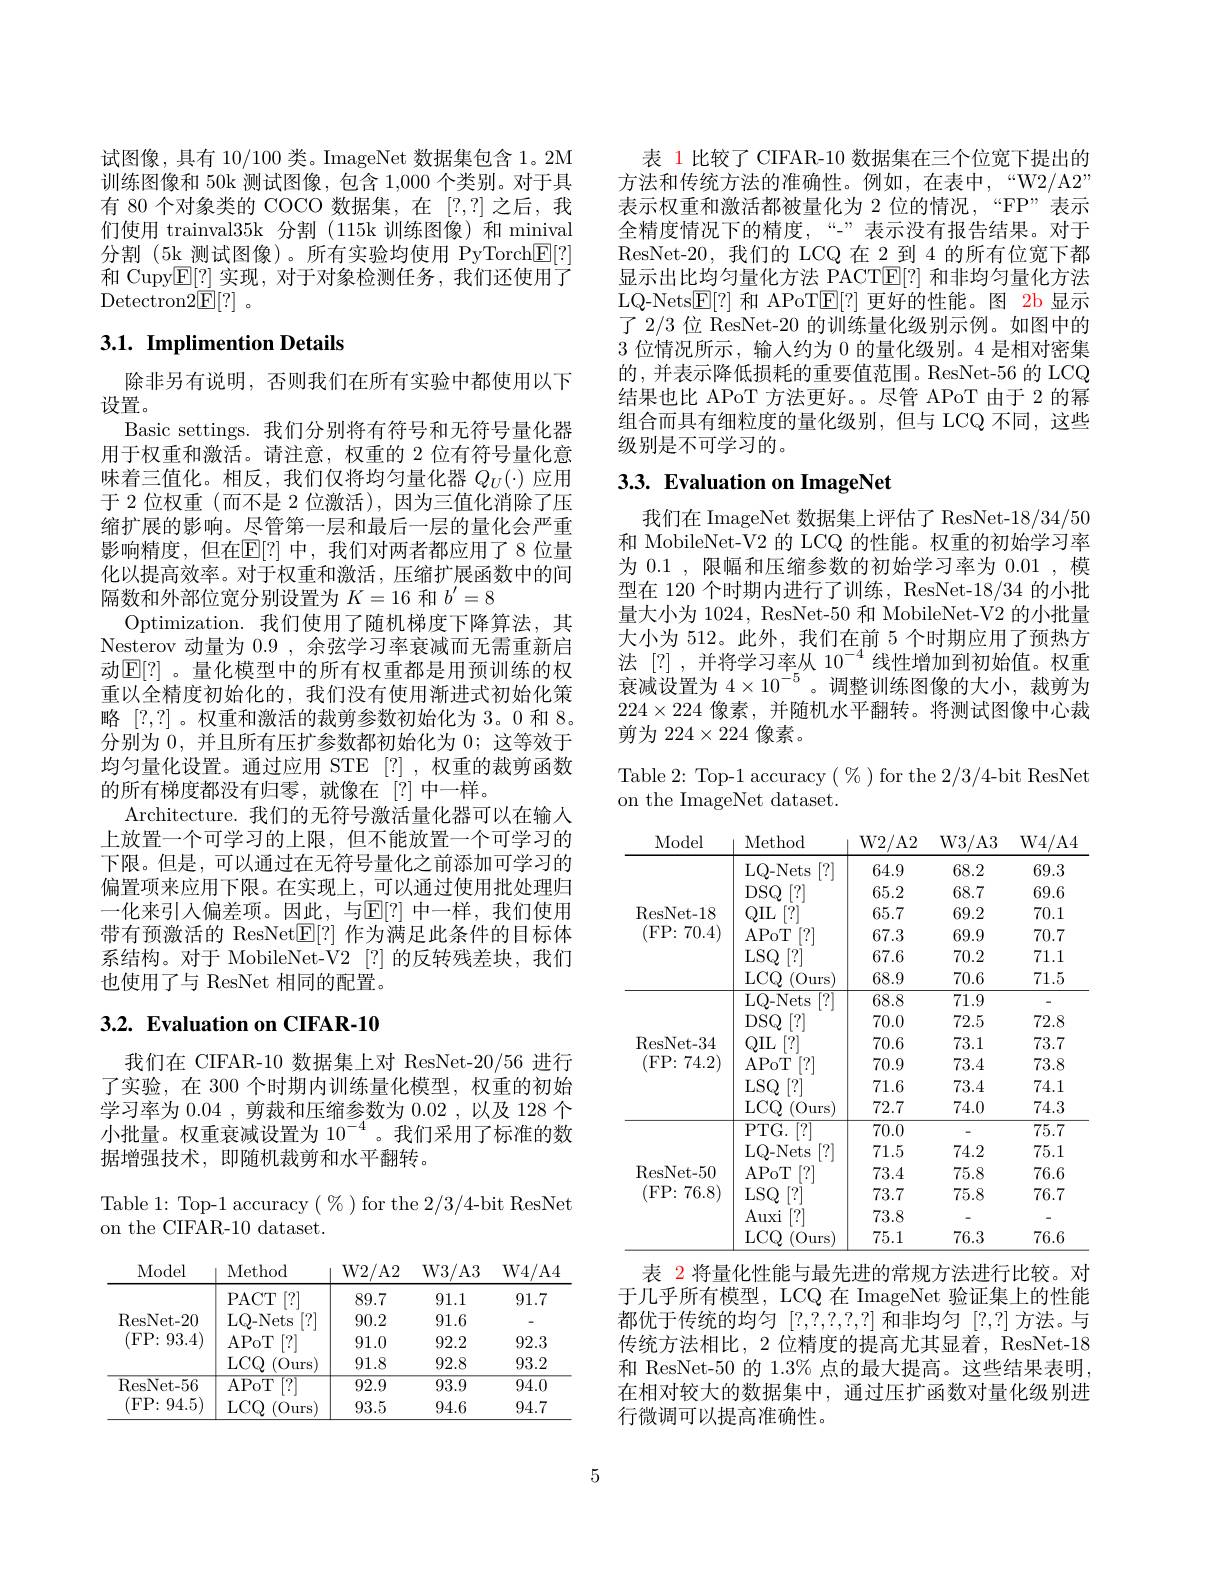
试图像，具有 10/100 类。ImageNet 数据集包含 1。2M 训练图像和 50k 测试图像，包含 1,000 个类别。对于具有 80 个对象类的 COCO 数据集，在 [?,?] 之后，我们使用 trainval35k 分割 (115k 训练图像) 和 minival 分割 (5k 测试图像)。所有实验均使用 PyTorch$\underline{\mathrm{E}}[?]$ 和 Cupy$\underline{\mathbb{E}[?]}$实现，对于对象检测任务，我们还使用了${\mathrm{Detectron2E[?]}}$

# 3.1. Implimention Details

除非另有说明，否则我们在所有实验中都使用以下
设置。
Basic settings. 我们分别将有符号和无符号量化器用于权重和激活。请注意，权重的 2 位有符号量化意味着三值化。相反，我们仅将均匀量化器$Q_U(\cdot)$应用于 2 位权重 (而不是 2 位激活),因为三值化消除了压缩扩展的影响。尽管第一层和最后一层的量化会严重影响精度，但在$\mathbb{E}[?]$ 中，我们对两者都应用了8 位量化以提高效率。对于权重和激活，压缩扩展函数中的间隔数和外部位宽分别设置为$K=16$和$b^\prime=8$
Optimization.我们使用了随机梯度下降算法，其Nesterov 动量为0.9,余弦学习率衰减而无需重新启动$\mathbb{E}[?]$。量化模型中的所有权重都是用预训练的权重以全精度初始化的，我们没有使用渐进式初始化策略[?,?] 。权重和激活的裁剪参数初始化为 3。0 和 8。分别为0，并且所有压扩参数都初始化为0；这等效于均匀量化设置。通过应用 STE [?],权重的裁剪函数的所有梯度都没有归零，就像在[?]中一样。
Architecture. 我们的无符号激活量化器可以在输入上放置一个可学习的上限，但不能放置一个可学习的下限。但是，可以通过在无符号量化之前添加可学习的偏置项来应用下限。在实现上，可以通过使用批处理归一化来引入偏差项。因此，与$\underline{\mathrm{E}}[?]$ 中一样，我们使用带有预激活的 ResNet$\underline{\mathbb{E}}[?]$作为满足此条件的目标体系结构。对于 MobileNet-V2 [?] 的反转残差块，我们也使用了与 ResNet 相同的配置。

# 3.2. Evaluation on CIFAR-10

我们在 CIFAR-10 数据集上对 ResNet-20/56 进行了实验，在 300 个时期内训练量化模型，权重的初始学习率为0.04 , 剪裁和压缩参数为0.02 ,以及 128 个小批量。权重衰减设置为$10^{-4}$。我们采用了标准的数据增强技术，即随机裁剪和水平翻转。

Table 1: Top-1 accuracy $(\%)$ for the 2/3/4-bit ResNet
on the CIFAR-10 dataset.

<table>
	<tbody>
		<tr>
			<th>Model</th>
			<th>Method</th>
			<th>${\mathrm{W2/A2}}$</th>
			<th>W3/ A3</th>
			<th>W4/ A4</th>
		</tr>
		<tr>
			<td rowspan="4">ResNet- 20 (FP:93.4)</td>
			<td>PACT [?]</td>
			<td>89.7</td>
			<td>91.1</td>
			<td>91.7</td>
		</tr>
		<tr>
			<td>LQ- Nets</td>
			<td>90.2</td>
			<td>91.6</td>
			<td> </td>
		</tr>
		<tr>
			<td>APoT [?]</td>
			<td>91.0</td>
			<td>92.2</td>
			<td>92.3</td>
		</tr>
		<tr>
			<td>$LCQ$ (0urs</td>
			<td>91.8</td>
			<td>92.8</td>
			<td>93.2</td>
		</tr>
		<tr>
			<td rowspan="2">ResNet- 56 (FP:94.5)</td>
			<td>APoT</td>
			<td>92.9</td>
			<td>93.9</td>
			<td>94.0</td>
		</tr>
		<tr>
			<td>$LCQ$ (0urs</td>
			<td>93.5</td>
			<td>94.6</td>
			<td>94.7</td>
		</tr>
	</tbody>
</table>

表 1 比较了 CIFAR-10 数据集在三个位宽下提出的方法和传统方法的准确性。例如，在表中，“W2/A2” 表示权重和激活都被量化为 2 位的情况，“FP”表示全精度情况下的精度，“-”表示没有报告结果。对于ResNet-20,我们的 LCQ 在 2 到 4 的所有位宽下都显示出比均匀量化方法 PACTE[?] 和非均匀量化方法LQ-Nets$\underline{\mathbb{E}}[?]$和 APoT$\underline{\mathbb{E}}[?]$更好的性能。图 2b 显示了 2/3 位 ResNet-20 的训练量化级别示例。如图中的3位情况所示，输入约为 0 的量化级别。4 是相对密集的，并表示降低损耗的重要值范围。ResNet-56 的 LCQ 结果也比 APoT 方法更好。。尽管 APoT 由于 2 的幂组合而具有细粒度的量化级别，但与 LCQ 不同，这些级别是不可学习的。

# 3.3. Evaluation on ImageNet

我们在 ImageNet 数据集上评估了 ResNet-18/34/50和 MobileNet-V2 的 LCQ 的性能。权重的初始学习率为 0.1 , 限幅和压缩参数的初始学习率为 0.01 , 模型在 120 个时期内进行了训练，ResNet-18/34 的小批量大小为 1024, ResNet-50 和 MobileNet-V2 的小批量大小为 512。此外，我们在前 5 个时期应用了预热方法 [?],并将学习率从$10^{-4}$线性增加到初始值。权重衰减设置为$4\times10^{-5}$。调整训练图像的大小，裁剪为$224\times224$像素，并随机水平翻转。将测试图像中心裁剪为$224\times224$像素。

Table 2: Top-1 accuracy $(\%)$ for the 2/3/4-bit ResNet
on the ImageNet dataset.

<table>
	<tbody>
		<tr>
			<th>Model</th>
			<th>Method</th>
			<th>${\mathrm{W2/A2}}$</th>
			<th>W3/ A3</th>
			<th> A</th>
		</tr>
		<tr>
			<td rowspan="6">ResNet- 18 (FP:70.4)</td>
			<td>LQ- Nets [?]</td>
			<td>64.9</td>
			<td>68.2</td>
			<td>69.3</td>
		</tr>
		<tr>
			<td>$DSQ$ $\left|\because\right\rangle$</td>
			<td></td>
			<td>68.7</td>
			<td></td>
		</tr>
		<tr>
			<td>$QIL$</td>
			<td>65.7</td>
			<td>69.2</td>
			<td>70.1</td>
		</tr>
		<tr>
			<td>APoT [?]</td>
			<td>67.3</td>
			<td>69.9</td>
			<td>70.7</td>
		</tr>
		<tr>
			<td>LSQ</td>
			<td>67.6</td>
			<td>70.2</td>
			<td>71.1</td>
		</tr>
		<tr>
			<td>$LCQ$ (0urs)</td>
			<td>68.9</td>
			<td>70.6</td>
			<td>71.5</td>
		</tr>
		<tr>
			<td rowspan="6">ResNet- 34 (FP:74.2)</td>
			<td>LQ- Nets $\lceil?\rceil$</td>
			<td></td>
			<td>71.9</td>
			<td>一</td>
		</tr>
		<tr>
			<td>$DSQ$ $1^{\circ}7$</td>
			<td>70.0</td>
			<td>72.5</td>
			<td>72.8</td>
		</tr>
		<tr>
			<td>$QIL$</td>
			<td>70.6</td>
			<td>73.1</td>
			<td>73.7</td>
		</tr>
		<tr>
			<td>APoT [7]</td>
			<td>70.9</td>
			<td>73.4</td>
			<td>73.8</td>
		</tr>
		<tr>
			<td>$LSQ$</td>
			<td>71.6</td>
			<td></td>
			<td>74.1</td>
		</tr>
		<tr>
			<td>$LCQ$ (Ours)</td>
			<td>72.7</td>
			<td>74.0</td>
			<td>74.3</td>
		</tr>
		<tr>
			<td rowspan="6">ResNet- 50 (FP:76.8)</td>
			<td>$PTG.$ </td>
			<td>70.0</td>
			<td> </td>
			<td>75.7</td>
		</tr>
		<tr>
			<td>LQ- Nets $\left|\because\right|$</td>
			<td>71.5</td>
			<td>74.2</td>
			<td>75.1</td>
		</tr>
		<tr>
			<td>APoT [7]</td>
			<td>73.4</td>
			<td>75.8</td>
			<td>76.6</td>
		</tr>
		<tr>
			<td>$LSQ$</td>
			<td></td>
			<td>75.8</td>
			<td></td>
		</tr>
		<tr>
			<td>Auxi [?]</td>
			<td>73.8</td>
			<td> </td>
			<td> </td>
		</tr>
		<tr>
			<td>LCQ (0 $)urs$</td>
			<td>75.1</td>
			<td>76.3</td>
			<td>76.6</td>
		</tr>
	</tbody>
</table>

表 2 将量化性能与最先进的常规方法进行比较。对

于几乎所有模型，LCQ 在 ImageNet 验证集上的性能都优于传统的均匀[?,?,?,?,?]和非均匀[?,?]方法。与传统方法相比，2 位精度的提高尤其显着，ResNet-18和 ResNet-50 的 1.3% 点的最大提高。这些结果表明在相对较大的数据集中，通过压扩函数对量化级别进行微调可以提高准确性。

5